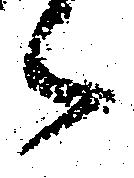
々